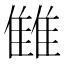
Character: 雔